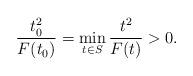
LaTeX: \begin{align*}\frac{t^2_0}{F(t_0)}=\min_{t\in S}\frac{t^2}{F(t)}>0.\end{align*}